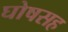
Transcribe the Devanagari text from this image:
घोषसह